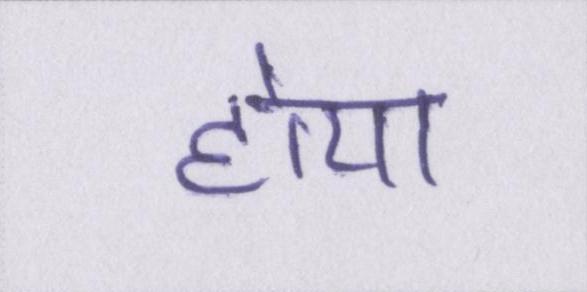
होया